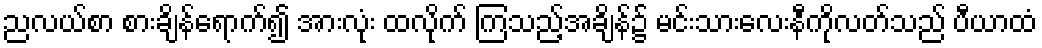
ညလယ်စာ စားချိန်ရောက်၍ အားလုံး ထလိုက် ကြသည့်အချိန်၌ မင်းသားလေးနီကိုလတ်သည် ပီယာထံ